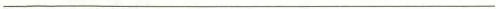
___